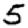
Digit: 5